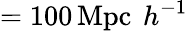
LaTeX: =100\, \textrm{Mpc\, }h^{-1}